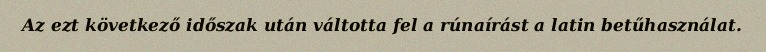
Az ezt következő időszak után váltotta fel a rúnaírást a latin betűhasználat.